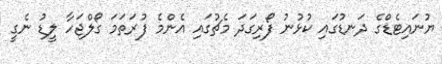
ޔުނައިޓެޑްގެ ދަނޑުގައި ކުޅުނު ފޯރިގަދަ މެޗުގައި އެންމެ ފުރަތަމަ ގޯލްޖަހާ ލީޑު ނެގީ